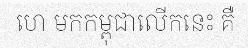
ហេ មកកម្ពុជាលើកនេះ គឺ